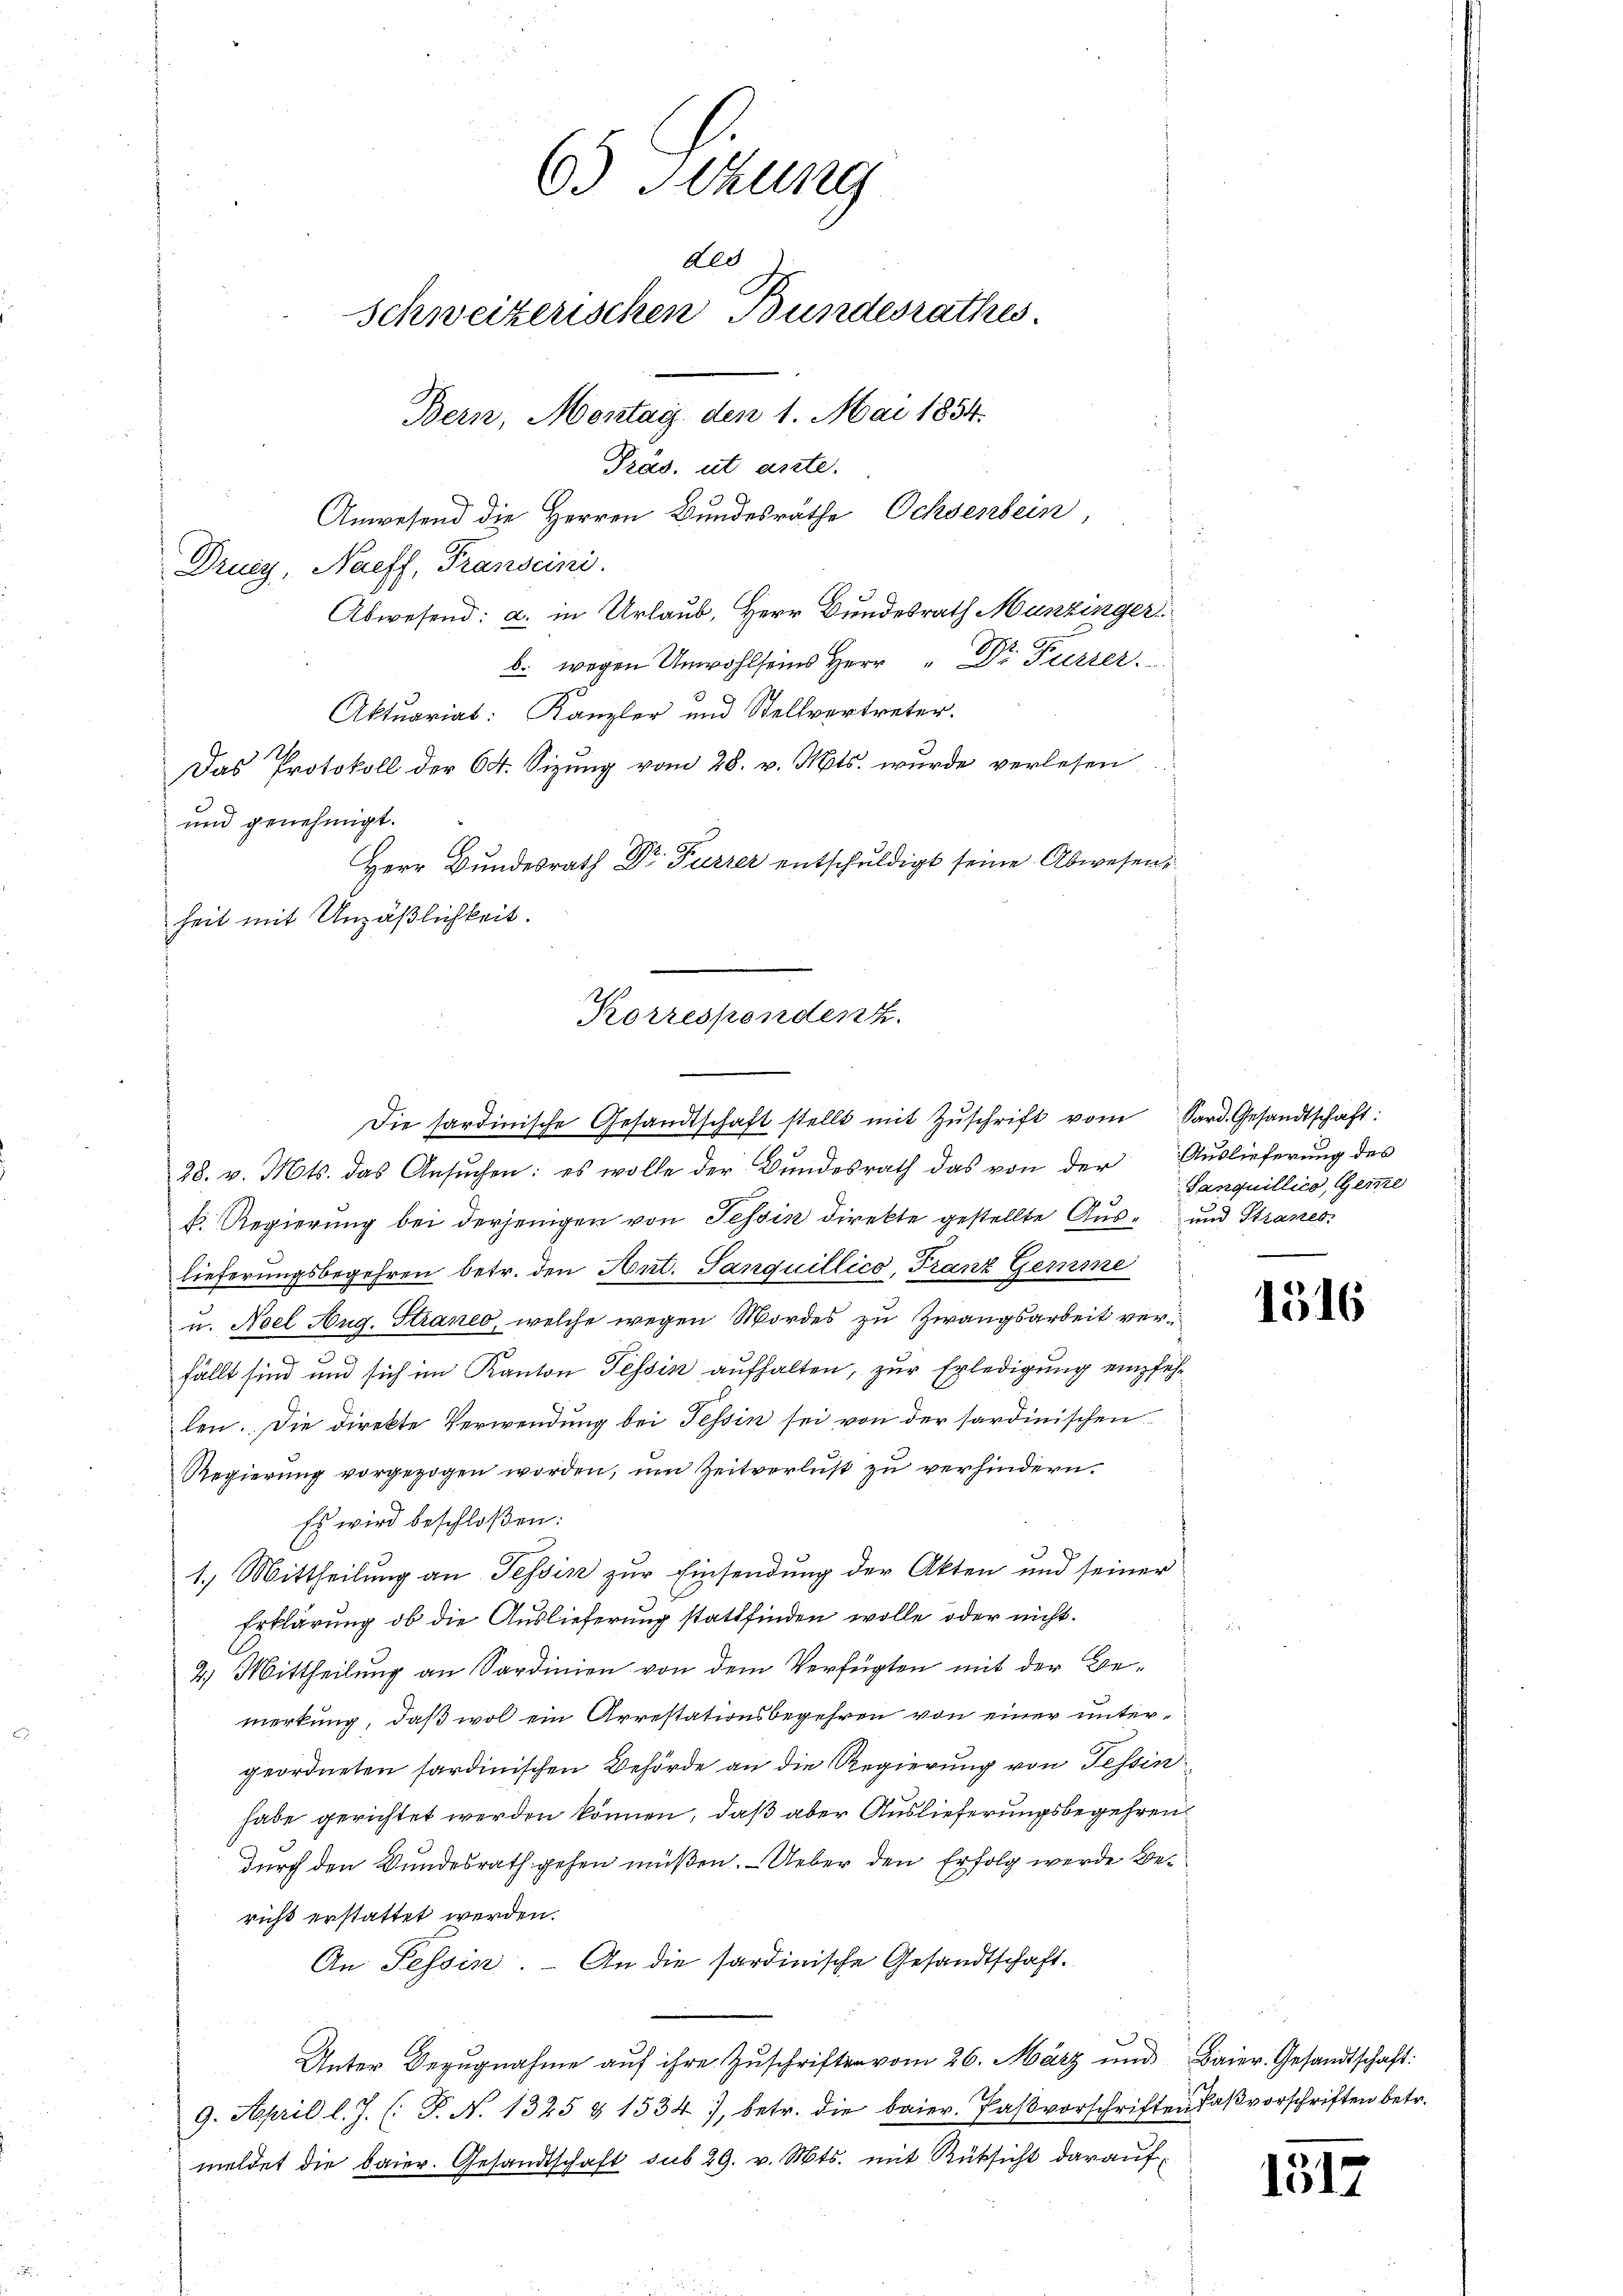
heit mit Unzäßlichkeit.

28. v. Mts. das Ansŭchen: es wolle der Bŭndesrath das von der Auslieferung des
f. Regierung bei derjenigen von Tessin direkte gestellte Aus- und Stranes
lieferungsbegehren betr. den Ant. Sanquillico, Franz Gemme
u. Nel Aug. Straneo, welche wegen Mordes zu Zwangsarbeit verd
fällt sind und sich im Kanton Tessin aufhalten, zur Erledigung empfehlen. Die direkte Verwendung bei Tessin sei von der sardinischen
Regierung vorgezogen worden, um Zeitverlust zu verhindern.
Es wird beschloßen:
1.) Mittheilung an Tessin zur Einsendung der Akten und seiner
Erklärung ob die Auslieferung stattfinden wolle oder nicht.
2.) Mittheilung an Sardinien von dem Verfügten mit der Bemerkung, daß wol ein Arrestationsbegehren von einer untergeordneten sardinischen Behörde an die Regierung von Tessinhabe gerichtet werden können, daß aber Auslieferungsbegehren
durch den Bundesrath gehen müßen. Ueber den Erfolg werde Bericht erstattet werden.
An Tessin. - An die sardinische Gesandtschaft.
Unter Bezugnahme auf ihre Zuschriften vom 26. März und Baier. Gesandtschaft:
9. April l. J. (: P. N. 1325 & 1534), betr. die baier. Paβvorschriften Paßvorschriften betr.
meldet die baier. Gesandtschaft sub 29. v. Mts. mit Rüksicht darauf¬

Korrespendenz.
Die sardinische Gesandtschaft stellt mit Zŭschrift vom Sard. Gesandtschaft:

6 Sizung
des
Schweizerischen Bundesrathes.
Bern, Montag, den 1. Mai 1854.
Präs. ut ante.
Anwesend die Herren Bundesräthe Ochsenbein,
Drunz, Naeff, Franscini.
Abwesend: a. in Urlaub, Herr Bundesrath Munzinger
b. wegen Unwohlseins Herr " Dr. Puster.
Aktuariat: Kanzler und Stellvertreter.
1
Das Protokoll der 64. Sizŭng vom 28. v. Mts. wurde verlesen
und genehmigt.
Herr Bundesrath Dr. Fürzer entschuldigt seine Abwesen,

Sanquillico, Geme

1516

1512